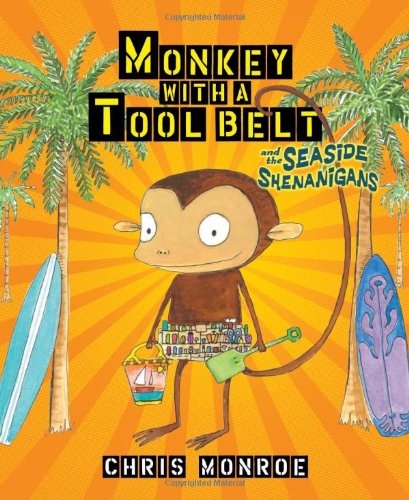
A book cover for Monkey with a Tool Belt and the Seaside Shenanigans (Carolrhoda Picture Books); Chris Monroe; Children's Books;